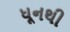
ધૂનથી